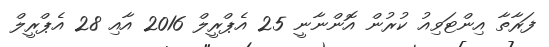
ފަރާތާ އިންޓަވިއު ކުރުން އޮންނާނީ 25 އެޕްރީލް 2016 އާއި 28 އެޕްރީލް